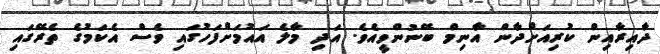
ދާއިރާއިން ކުރިއަށްދާން އާނިމް ބޭނުންވީއެވެ. އަދި މާލެ އައުމަށްފަހުގައި ވެސް އެކަމުގެ ތެރޭގައި